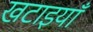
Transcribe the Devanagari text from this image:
खटाइयाँ